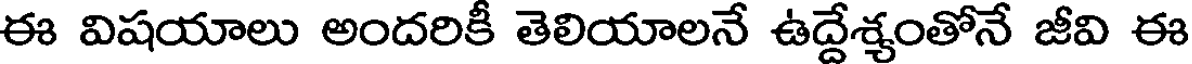
ఈ విషయాలు అందరికీ తెలియాలనే ఉద్దేశ్యంతోనే జీవి ఈ